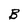
Character: B